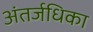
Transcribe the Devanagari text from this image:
अंतर्जधिका